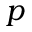
p